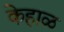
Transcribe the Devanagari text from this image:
केहाळ